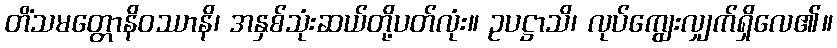
တိံသမတ္တောနိဝဿာနိ၊ အနှစ်သုံးဆယ်တို့ပတ်လုံး။ ဥပဋ္ဌာသိ၊ လုပ်ကျွေးလျှက်ရှိလေ၏။